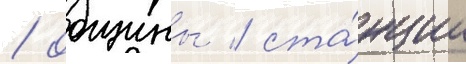
/ общины / ста́нции